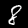
Digit: 8